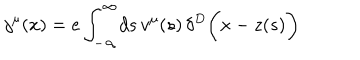
j ^ { \mu } ( x ) = e \int _ { - \infty } ^ { \infty } \! d s \, v ^ { \mu } ( s ) \, \delta ^ { D } \biggl ( x - z ( s ) \biggr )